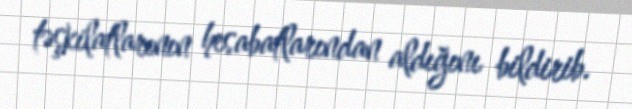
təşkilatlarının hesabatlarından aldığını bildirib.